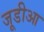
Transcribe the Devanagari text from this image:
जूडीआ